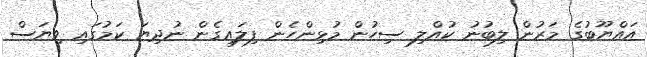
އައްޔޫބުގެ މަރުން ލިބުނު ކުއްލި ސިހުން މުޅިންހެން ފިލައިގެން ނުދިޔަ ކަމުގައި ވިޔަސް